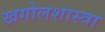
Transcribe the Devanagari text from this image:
खगोलशास्त्रा